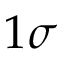
1 \sigma